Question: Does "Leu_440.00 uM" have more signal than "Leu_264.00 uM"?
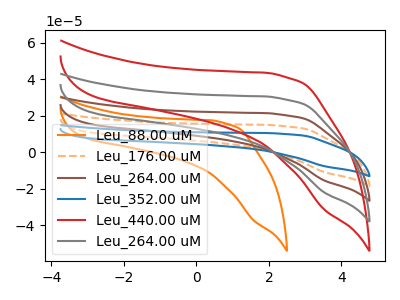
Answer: <think>The orange curve "Leu_88.00 uM" has no peaks. The orange dashed curve "Leu_176.00 uM" has no peaks. The brown curve "Leu_264.00 uM" has no peaks. The blue curve "Leu_352.00 uM" has no peaks. The red curve "Leu_440.00 uM" has no peaks. The gray curve "Leu_264.00 uM" has no peaks.
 Neither "Leu_440.00 uM" or "Leu_264.00 uM" have any peaks.</think>
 <answer>I cant tell if "Leu_440.00 uM" or "Leu_264.00 uM" has more signal.</answer>
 <eval>mixed_signal</eval>